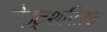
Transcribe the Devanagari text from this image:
ज़ेइट्शरिफ़्ट